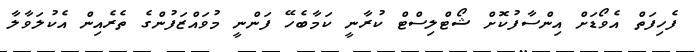
ފެހިފަތް އެވޯޑަށް އިންސާފުކޮށް ޝޯޓްލިސްޓް ކުރާނީ ކަމާބެހޭ ފަންނީ މުވައްޒަފުންގެ ތެރެއިން އެކުލަވާލާ